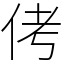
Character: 侤